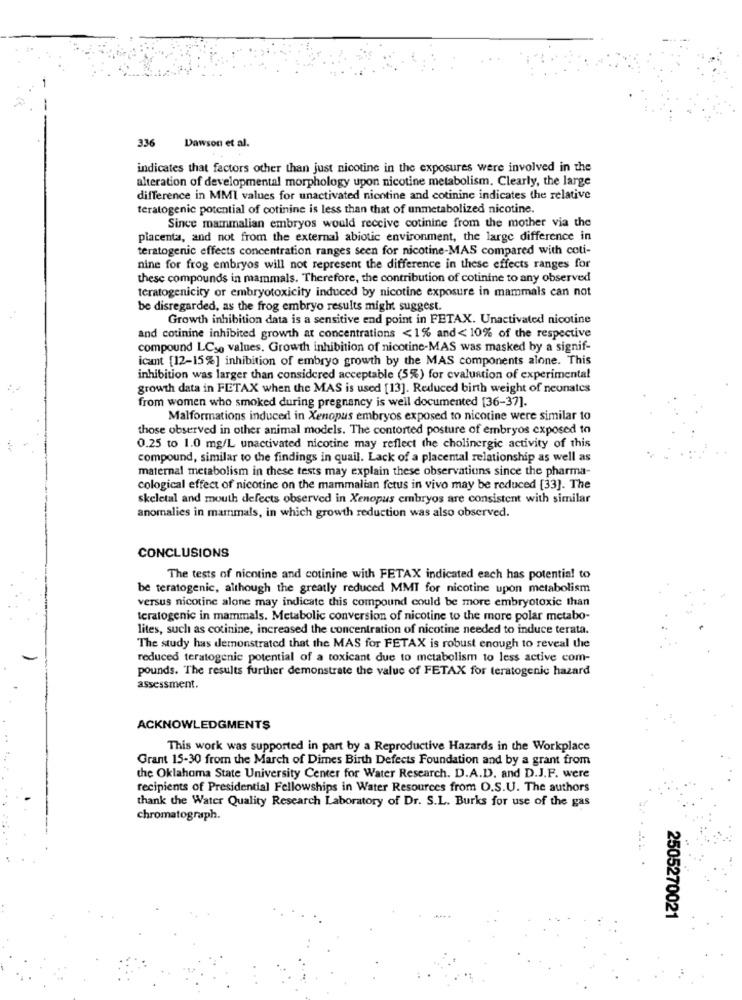
336 Dawson et al.
indicates that factors other than just nicotine in the exposures were involved in the
alteration of developmental morphology upon nicotine metabolism. Clearly, the large
difference in MMI values for unactivated nicotine and cotinine indicates the relative
teratogenic potential of cotinine is less than that of unmetabolized nicotine.
Since mammalian embryos would receive cotinine from the mother via the
placenta, and not from the external abiotic environment, the large difference in
teratogenic effects concentration ranges seen for nicotine-MAS compared with coti-
nine for frog embryos will not represent the difference in these effects ranges for
these compounds in mammals. Therefore, the contribution of cotinine to any observed
teratogenicity or embryotoxicity induced by nicotine exposure in mammals can not
be disregarded, as the frog embryo results might suggest.
Growth inhibition data is a sensitive end point in FETAX. Unactivated nicotine
and cotinine inhibited growth at concentrations <1% and < 10% of the respective
compound LCso values. Growth inhibition of nicotine-MAS was masked by a signif-
icant [12-15%] inhibition of embryo growth by the MAS components alone. This
inhibition was larger than considered acceptable (5%) for evaluation of experimental
growth data in FETAX when the MAS is used [13]. Reduced birth weight of neunates
from women who smoked during pregnancy is well documented [36-37].
Malformations induced in Xenopus embryos exposed to nicotine were similar to
those observed in other animal models. The contorted posture of embryos exposed to
0.25 to 1.0 mg/L unactivated nicotine may reflect the cholinergic activity of this
compound, similar to the findings in quail. Lack of a placental relationship as well as
maternal metabolism in these tests may explain these observations since the pharma-
cological effect of nicotine on the mammalian fetus in vivo may be reduced [33]. The
skeletal and mouth defects observed in Xenopus embryos are consistent with similar
anomalies in mammals, in which growth reduction was also observed.
CONCLUSIONS
The tests of nicotine and cotinine with FETAX indicated each has potential to
be teratogenic, although the greatly reduced MMT for nicotine upon metabolism
versus nicotine alone may indicate this compound could be more embryotoxic than
teratogenic in mammals. Metabolic conversion of nicotine to the more polar metabo-
lites, such as cotinine, increased the concentration of nicotine needed to induce terata.
The study has demonstrated that the MAS for FETAX is robust enough to reveal the
reduced teratogenic potential of a toxicant due to metabolism to less active com-
pounds. The results further demonstrate the value of FETAX for teratogenic hazard
assessment.
ACKNOWLEDGMENTS
This work was supported in part by a Reproductive Hazards in the Workplace
Grant 15-30 from the March of Dimes Birth Defects Foundation and by a grant from
the Oklahoma State University Center for Water Research. D.A.D. and D.J.F. were
recipients of Presidential Fellowships in Water Resources from O.S.U. The authors
thank the Water Quality Research Laboratory of Dr. S.L. Burks for use of the gas
chromatograph.
2505270021